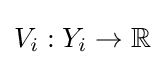
V_{i}:Y_{i}\to \mathbb {R}